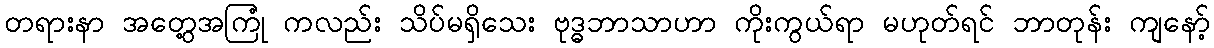
တရားနာ အတွေ့အကြုံ ကလည်း သိပ်မရှိသေး ဗုဒ္ဓဘာသာဟာ ကိုးကွယ်ရာ မဟုတ်ရင် ဘာတုန်း ကျနော့်